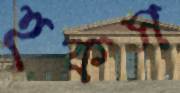
হকস